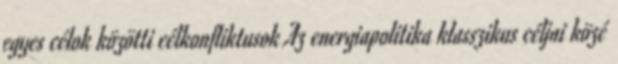
egyes célok közötti célkonfliktusok Az energiapolitika klasszikus céljai közé